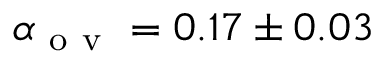
\alpha _ { \mathrm { ~ o ~ v ~ } } = 0 . 1 7 \pm 0 . 0 3